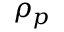
\rho _ { p }